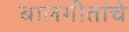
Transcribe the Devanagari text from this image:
बालगीतांचे